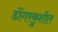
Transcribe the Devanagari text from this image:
डोंगरकुशीत